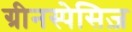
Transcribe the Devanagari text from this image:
ग्रीनस्पेसिज़